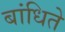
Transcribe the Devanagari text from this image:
बांधिते